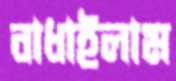
বাধাইলাম